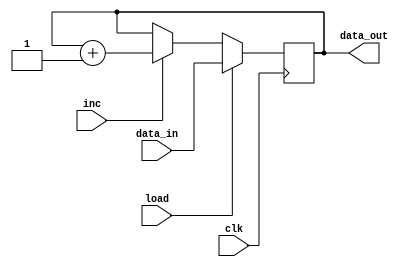
module reg16_inc (clk, load, inc, data_in, data_out);

	input clk, load, inc;
	input [15:0] data_in;
	output reg [15:0] data_out;
	
	always @(posedge clk)
	begin
		if (load) data_out <= data_in;
		else if (inc) data_out <= data_out + 16'b0000000000000001;
	end
	
endmodule